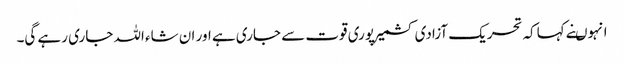
انہوںنے کہاکہ تحریک آزادی کشمیرپوری قوت سے جاری ہے اور ان شاء اللہ جاری رہے گی۔